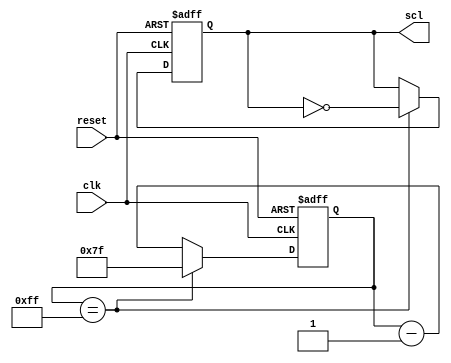
module i2c_timing_control (
    input wire reset,       // reset signal
    input wire clk,         // system clock signal
    output wire scl         // I2C clock signal
);

reg [7:0] counter = 8'hFF;  // counter for generating clock signal
reg scl_reg = 1'b0;         // register for the SCL signal

always @(posedge clk or posedge reset) begin
    if (reset) begin
        scl_reg <= 1'b0;
        counter <= 8'hFF;
    end else begin
        if (counter == 8'hFF) begin
            scl_reg <= ~scl_reg;  // invert SCL signal
            counter <= 8'h7F;
        end else begin
            counter <= counter - 1;
        end
    end
end

assign scl = scl_reg;

endmodule